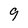
Character: 9